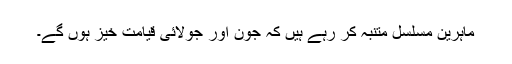
ماہرین مسلسل متنبہ کر رہے ہیں کہ جون اور جولائی قیامت خیز ہوں گے۔